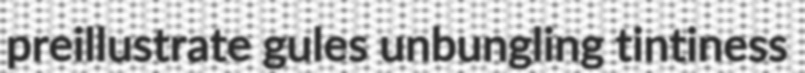
preillustrate gules unbungling tintiness